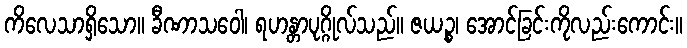
ကိလေသာရှိသော။ ခီဏာသဝေါ၊ ရဟန္တာပုဂ္ဂိုလ်သည်။ ဇယဉ္စ၊ အောင်ခြင်းကိုလည်းကောင်း။